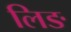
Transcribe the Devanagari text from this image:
लिङ